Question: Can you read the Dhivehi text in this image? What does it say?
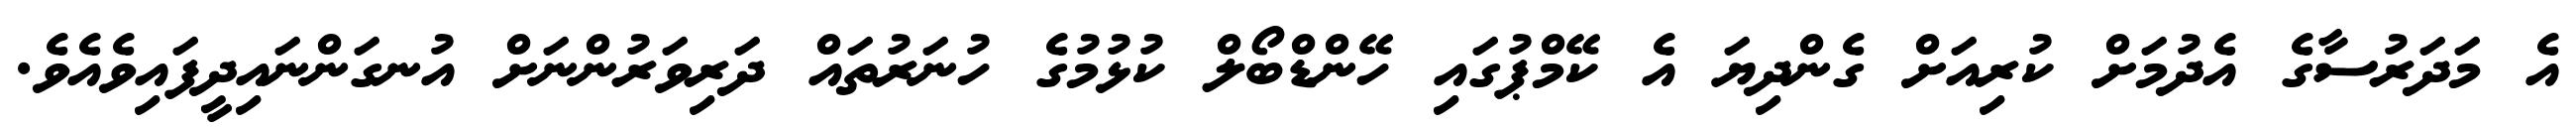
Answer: އެ މަދަރުސާގެ އެދުމަށް ކުރިއަށް ގެންދިޔަ އެ ކޭމްޕުގައި ހޭންޑްބޯލް ކުޅުމުގެ ހުނަރުތައް ދަރިވަރުންނަށް އުނގަންނައިދީފައިވެއެވެ.